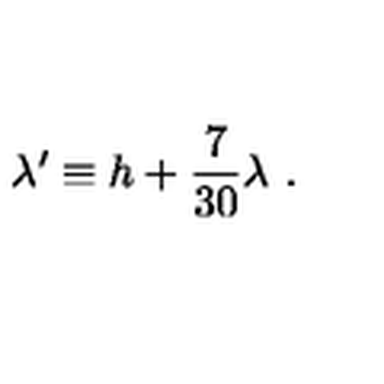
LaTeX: \lambda ^ { \prime } \equiv h + { \frac { 7 } { 3 0 } } \lambda \ .